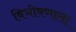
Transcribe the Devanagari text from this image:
बिभीषणाला